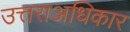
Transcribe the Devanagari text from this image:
उत्तराअधिकार